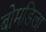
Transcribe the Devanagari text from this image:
बोमडिला